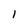
Character: 1